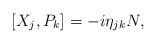
LaTeX: \begin{align*}[X_j,P_k]&=-i\eta_{jk}N,\end{align*}